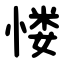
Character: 㥪